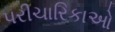
પરીચારિકાઓ